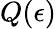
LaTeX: Q(\epsilon)